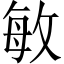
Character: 敏